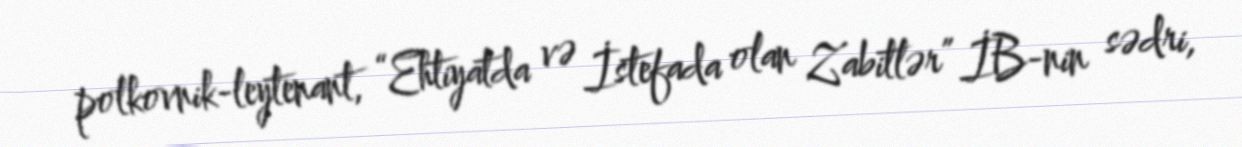
polkovnik-leytenant, “Ehtiyatda və İstefada olan Zabitlər” İB-nin sədri,